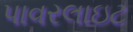
પાવરલાઇટ